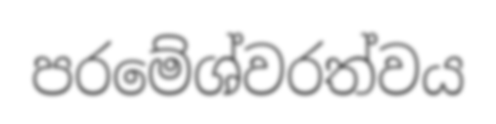
පරමේශ්වරත්වය